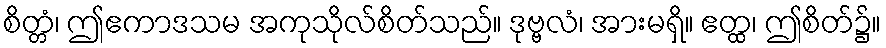
စိတ္တံ၊ ဤဧကာဒသမ အကုသိုလ်စိတ်သည်။ ဒုဗ္ဗလံ၊ အားမရှိ။ ဧတ္ထ၊ ဤစိတ်၌။